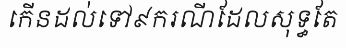
កើនដល់ទៅ៩ករណីដែលសុទ្ធតែ